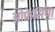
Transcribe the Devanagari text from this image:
ओफ्रेसिया